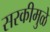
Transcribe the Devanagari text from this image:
सरकीमुळे